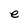
Character: e